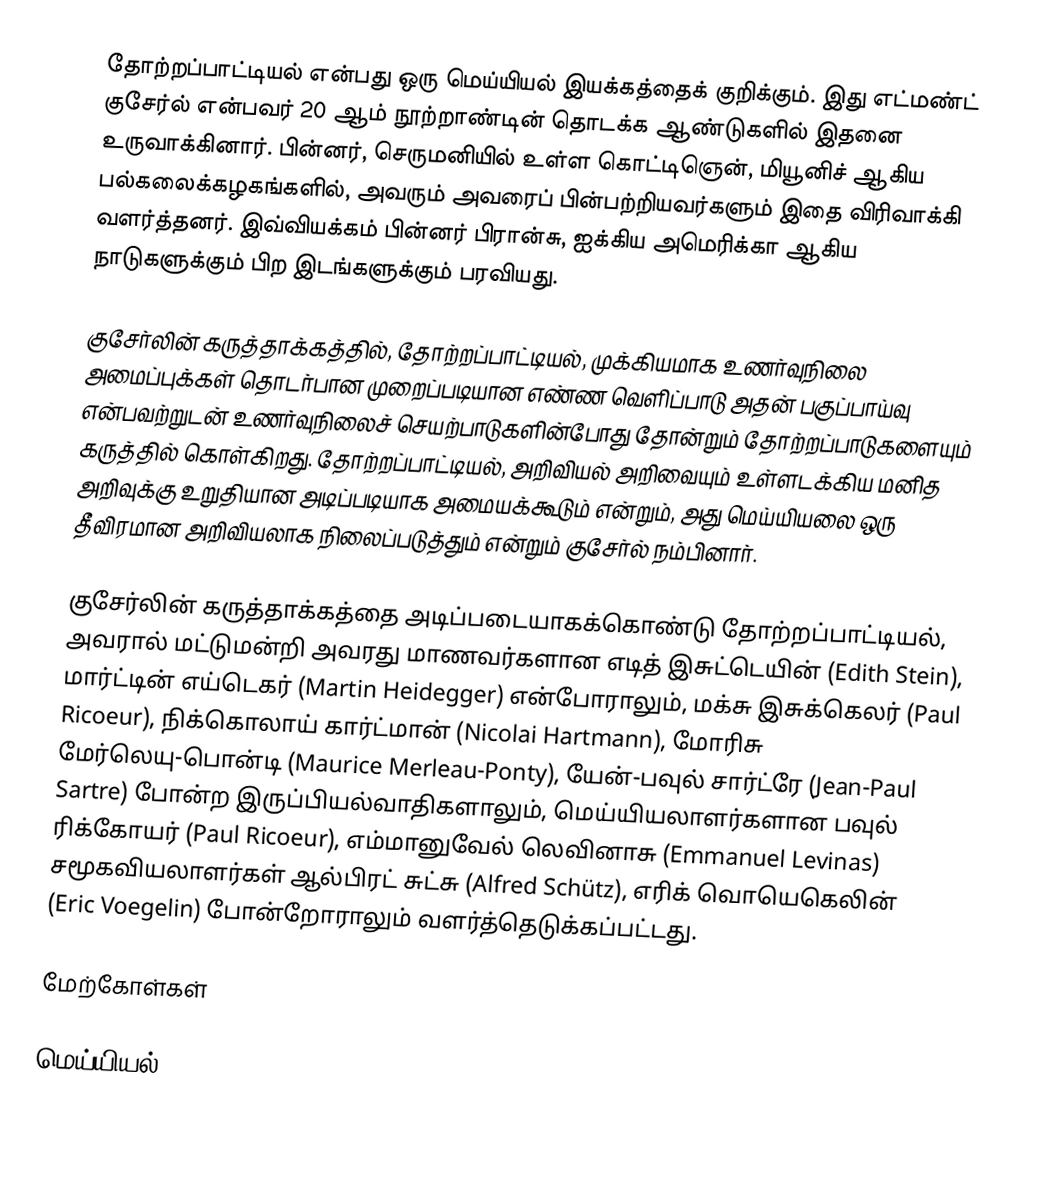
தோற்றப்பாட்டியல் என்பது ஒரு மெய்யியல் இயக்கத்தைக் குறிக்கும். இது எட்மண்ட் குசேர்ல் என்பவர் 20 ஆம் நூற்றாண்டின் தொடக்க ஆண்டுகளில் இதனை உருவாக்கினார். பின்னர், செருமனியில் உள்ள கொட்டிஞென், மியூனிச் ஆகிய பல்கலைக்கழகங்களில், அவரும் அவரைப் பின்பற்றியவர்களும் இதை விரிவாக்கி வளர்த்தனர். இவ்வியக்கம் பின்னர் பிரான்சு, ஐக்கிய அமெரிக்கா ஆகிய நாடுகளுக்கும் பிற இடங்களுக்கும் பரவியது.

குசேர்லின் கருத்தாக்கத்தில், தோற்றப்பாட்டியல், முக்கியமாக உணர்வுநிலை அமைப்புக்கள் தொடர்பான முறைப்படியான எண்ண வெளிப்பாடு அதன் பகுப்பாய்வு என்பவற்றுடன் உணர்வுநிலைச் செயற்பாடுகளின்போது தோன்றும் தோற்றப்பாடுகளையும் கருத்தில் கொள்கிறது. தோற்றப்பாட்டியல், அறிவியல் அறிவையும் உள்ளடக்கிய மனித அறிவுக்கு உறுதியான அடிப்படியாக அமையக்கூடும் என்றும், அது மெய்யியலை ஒரு தீவிரமான அறிவியலாக நிலைப்படுத்தும் என்றும் குசேர்ல் நம்பினார்.

குசேர்லின் கருத்தாக்கத்தை அடிப்படையாகக்கொண்டு தோற்றப்பாட்டியல், அவரால் மட்டுமன்றி அவரது மாணவர்களான எடித் இசுட்டெயின் (Edith Stein), மார்ட்டின் எய்டெகர் (Martin Heidegger) என்போராலும், மக்சு இசுக்கெலர் (Paul Ricoeur), நிக்கொலாய் கார்ட்மான் (Nicolai Hartmann), மோரிசு மேர்லெயு-பொன்டி (Maurice Merleau-Ponty), யேன்-பவுல் சார்ட்ரே (Jean-Paul Sartre) போன்ற இருப்பியல்வாதிகளாலும், மெய்யியலாளர்களான பவுல் ரிக்கோயர் (Paul Ricoeur), எம்மானுவேல் லெவினாசு (Emmanuel Levinas) சமூகவியலாளர்கள் ஆல்பிரட் சுட்சு (Alfred Schütz), எரிக் வொயெகெலின் (Eric Voegelin) போன்றோராலும் வளர்த்தெடுக்கப்பட்டது.

மேற்கோள்கள்

மெய்யியல்